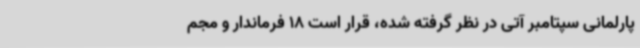
پارلمانی سپتامبر آتی در نظر گرفته شده، قرار است 18 فرماندار و مجم